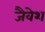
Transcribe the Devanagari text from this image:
जैवेश